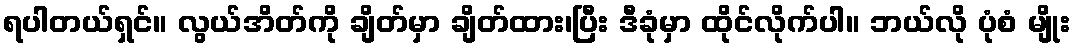
ရပါတယ်ရှင်။ လွယ်အိတ်ကို ချိတ်မှာ ချိတ်ထား၊ပြီး ဒီခုံမှာ ထိုင်လိုက်ပါ။ ဘယ်လို ပုံစံ မျိုး